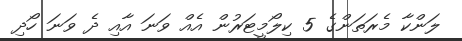
ލަންކާ މެރަތަންގެ 5 ކިލޯމީޓަރުން އެއް ވަނަ އާއި ދެ ވަނަ ހޯދި